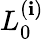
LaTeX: L_{0}^{(\mathbf{i})}